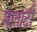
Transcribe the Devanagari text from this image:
मातादी